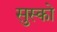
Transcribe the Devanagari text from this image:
सुस्को